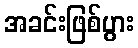
အခင်းဖြစ်ပွား